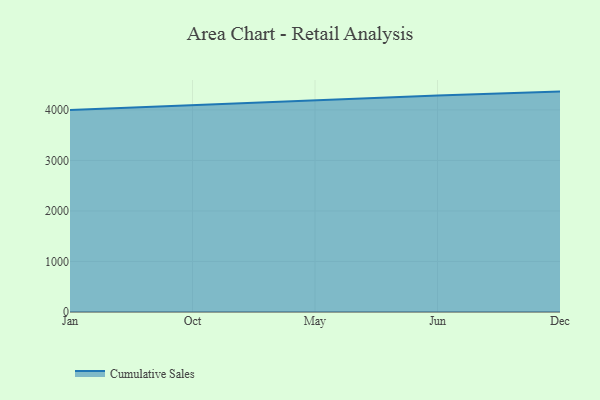
{"axis": {"x": "Month", "y": "Conversion Rate (%)"}, "legend": ["Cumulative Sales"], "data": [{"x": "Jan", "y": 4000.9, "type": "Cumulative Sales"}, {"x": "Oct", "y": 4099.6, "type": "Cumulative Sales"}, {"x": "May", "y": 4193.5, "type": "Cumulative Sales"}, {"x": "Jun", "y": 4287.9, "type": "Cumulative Sales"}, {"x": "Dec", "y": 4362.8, "type": "Cumulative Sales"}]}